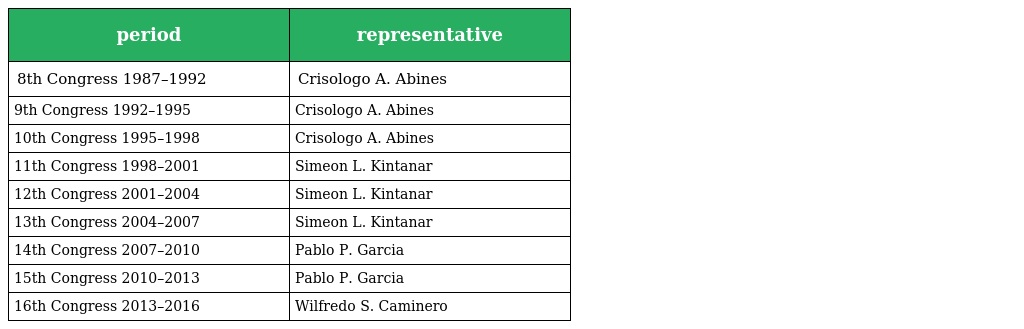
| period | representative |
 | --- | --- |
 | 8th Congress 1987–1992 | Crisologo A. Abines |
 | 9th Congress 1992–1995 | Crisologo A. Abines |
 | 10th Congress 1995–1998 | Crisologo A. Abines |
 | 11th Congress 1998–2001 | Simeon L. Kintanar |
 | 12th Congress 2001–2004 | Simeon L. Kintanar |
 | 13th Congress 2004–2007 | Simeon L. Kintanar |
 | 14th Congress 2007–2010 | Pablo P. Garcia |
 | 15th Congress 2010–2013 | Pablo P. Garcia |
 | 16th Congress 2013–2016 | Wilfredo S. Caminero |